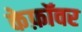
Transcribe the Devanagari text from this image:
केफ़ॉवर